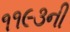
૧૧૯૩ની